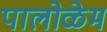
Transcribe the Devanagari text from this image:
पालोळेम